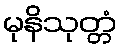
မုနိသုတ္တံ